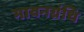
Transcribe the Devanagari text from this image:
भावनग्रंथि